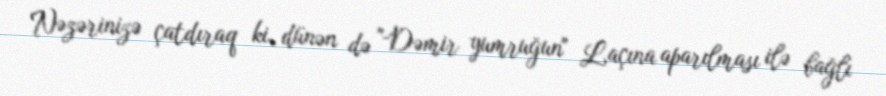
Nəzərinizə çatdıraq ki, dünən də "Dəmir yumruğun" Laçına aparılması ilə bağlı